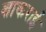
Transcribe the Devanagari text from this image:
शाकराई